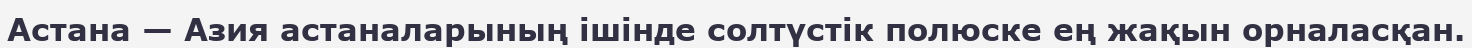
Астана — Азия астаналарының ішінде солтүстік полюске ең жақын орналасқан.